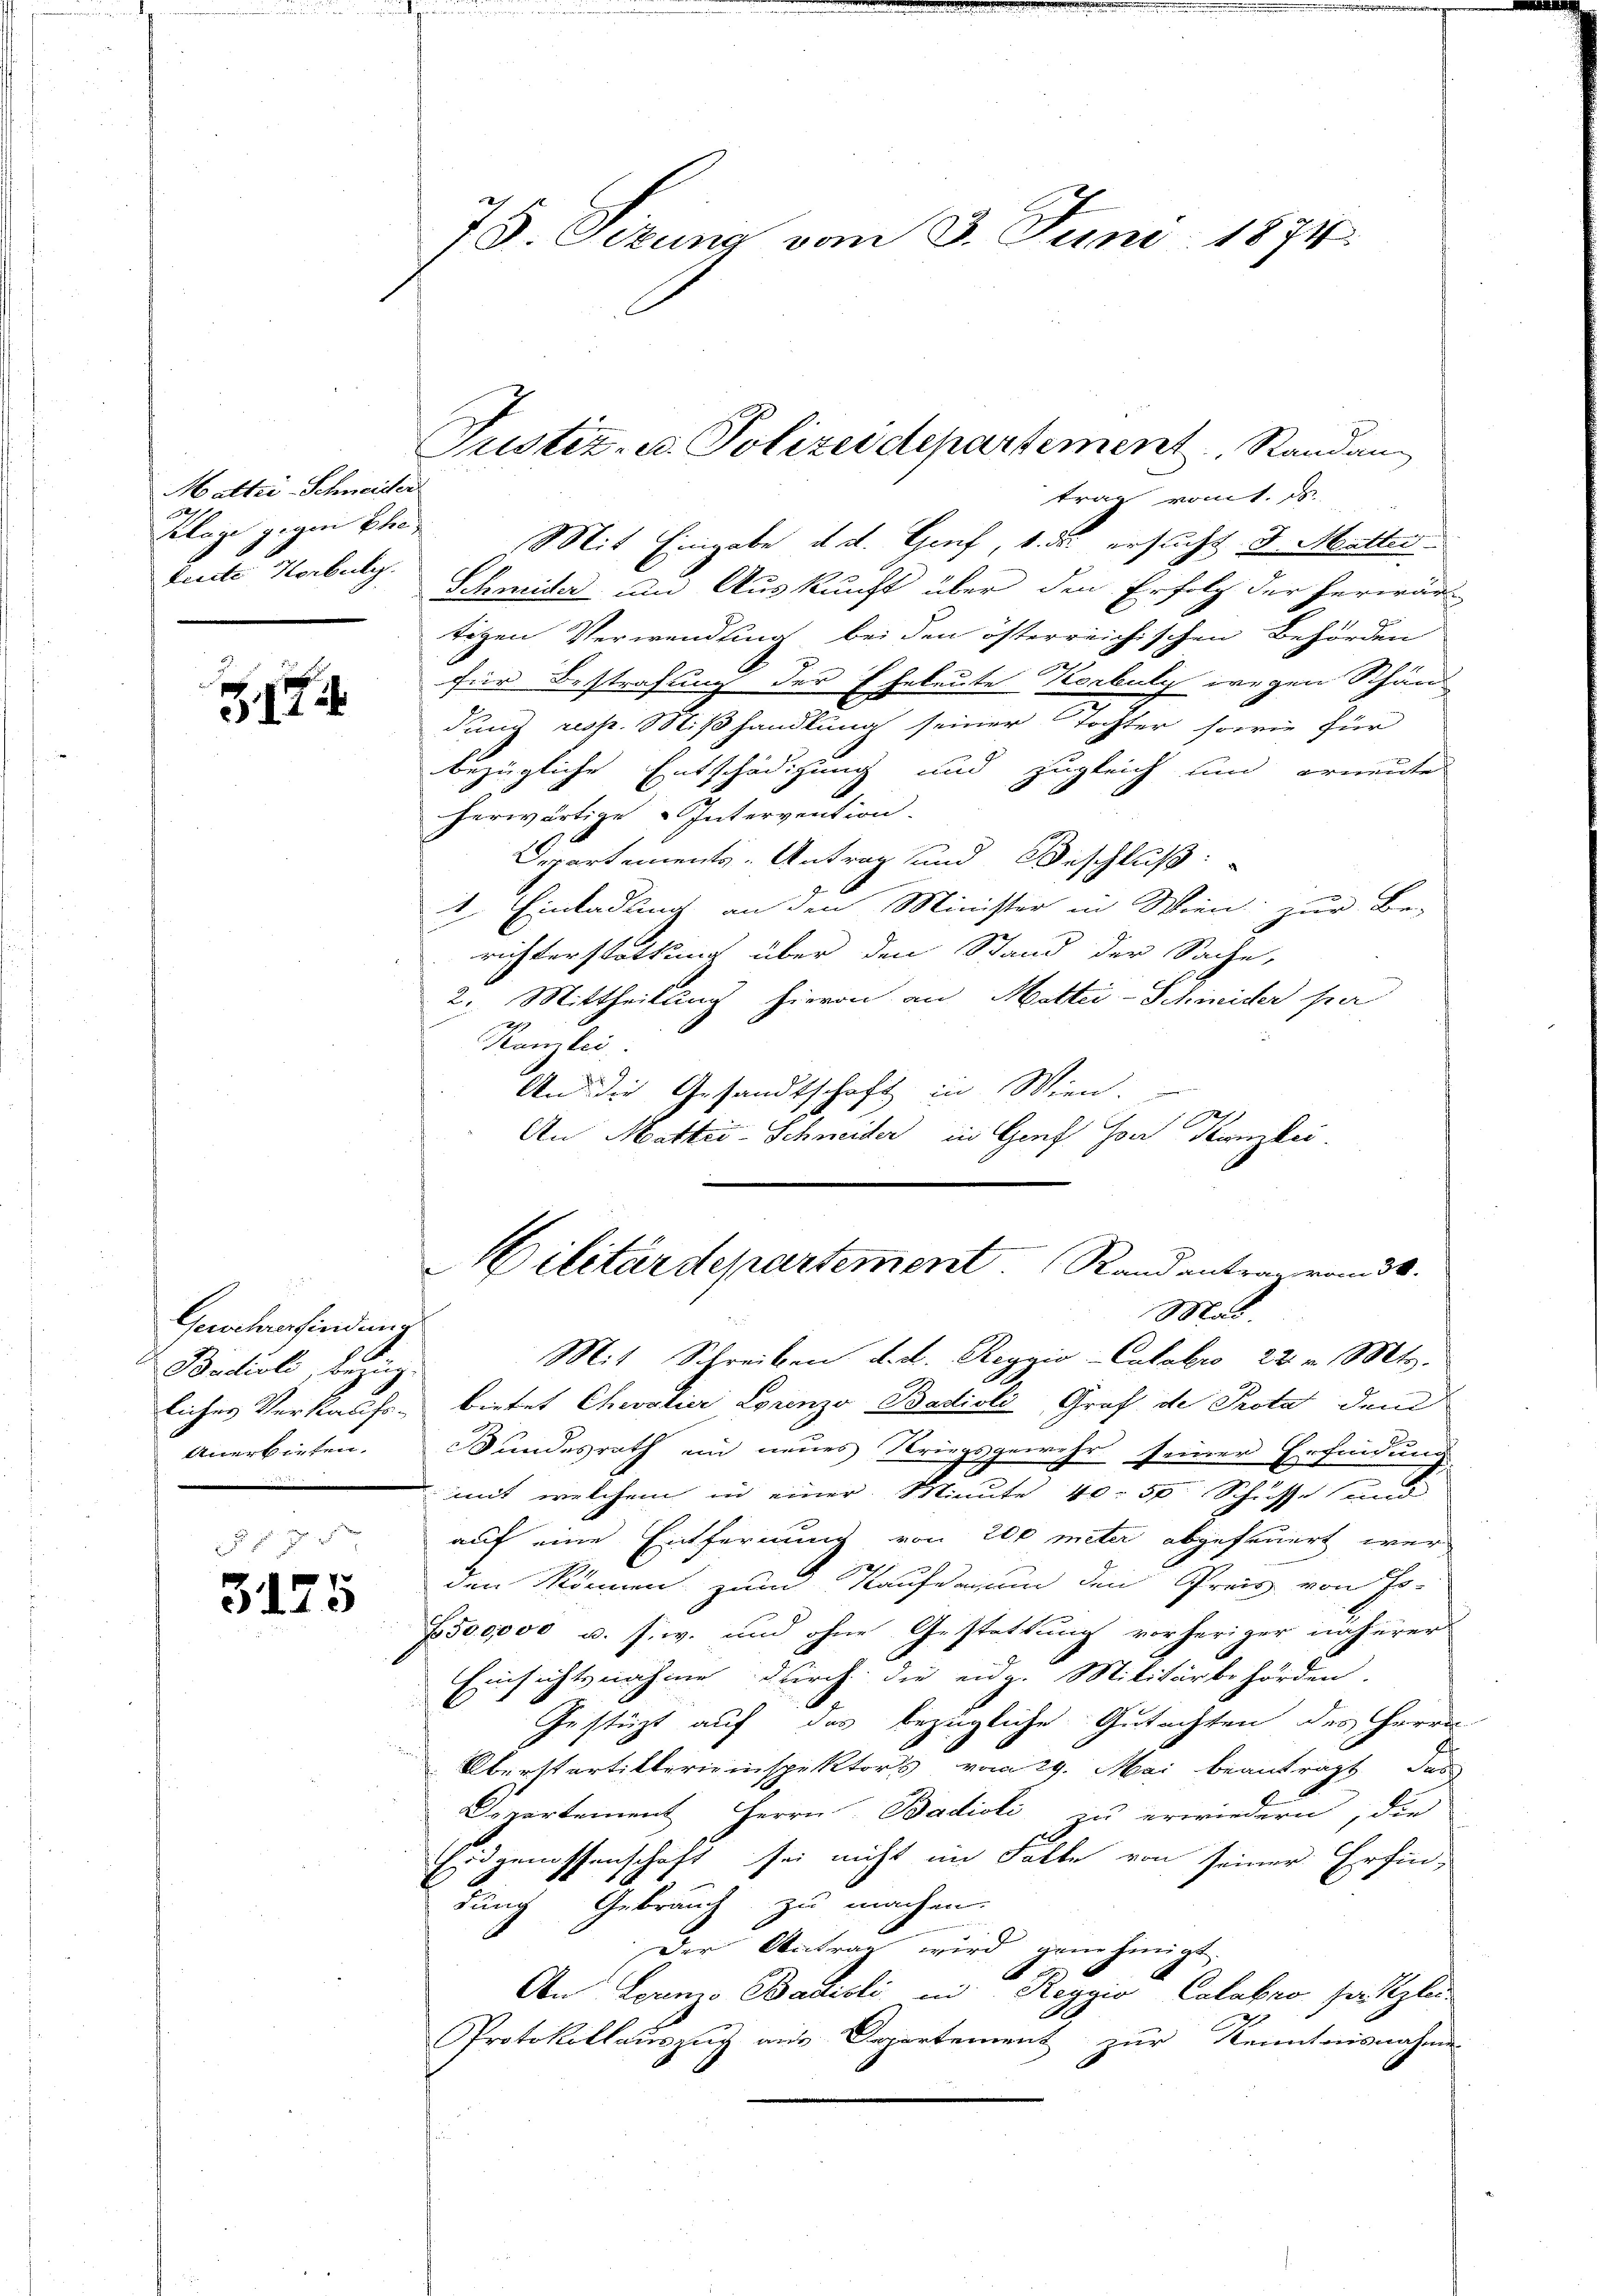
Mathi-Schneider
5714
Klage gegen Ehre
teite Horbukg.

7

Gewehrerfindung
Badisli, bezüg-
Anerbieten.

3110

75. Sizung vom 3. Juni 1874.

trag vom 1. ds.
Mit Eingabe d. d. Genf, 1. ds. ersucht d. Mutter
Schmider um Auskunft über den Erfolg der herwär
tigen Verwendung bei den österreichischen Behörden
für Bestrafung der Eheleute Korbuly wegen Schänd
dung resp. Mißhandlung seiner Tochter sowie für
bezügliche Entschädigung und zugleich und erneute
herwärtige Intervention
Departements Antrag und Beschluß:
1. Einladung an den Minister in Wien zur Be-
richterstattung über den Stand der Sache,
2. Mittheilung hievon an Mattei-Schineider per
Kanzlei
An die Gesandtschaft in Wien.
An Mattis-Schneider in Genf hor Tanzlei
Mit Schreiben d. d. Reggio-Catabro 22. v. Mts.
liches Verkaufs- bietet Chrolier Lorenzo Badioli, Graf de Prota dem
Bundesrath in neues Kriegsgewehr seiner Erfindung
mit welchem in einer Minute 40. 50. Schusse und
auf eine Entfernung von 200 meter abgefeuert wer
den können zum Kaufe an den Preis von Jo-
f. 50,0000 u. s. w. und ohne Gestattung vorheriger näherer
Einsichtsnahme durch die eidg. Militärbehörden.
Gestüzt auf das bezügliche Gutachten des Herrn
Oberstartillereinspektors vom 29. Mai beantragt, das
Departement Herrn Badioli zu erwiedern, die
Eidgenossenschaft sei nicht im Falle von seiner Erfin-
dung Gebrauch zu machen.
Der Antrag wird genehmigt.
An Eorno Badisli, in Reggio Calabro ser Klei¬
Protokollauszug aus Departement zur Kenntnisnahme
s

Justiz- u. Polizeidepartement, Standang

Militärdepartement. Randantra von de
Mai.